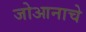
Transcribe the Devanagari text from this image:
जोआनाचे